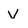
Character: V